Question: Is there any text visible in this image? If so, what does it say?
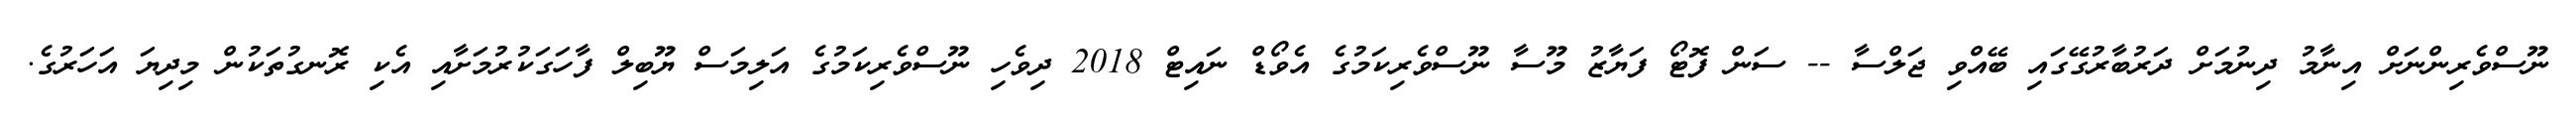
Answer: ނޫސްވެރިންނަށް އިނާމު ދިނުމަށް ދަރުބާރުގޭގައި ބޭއްވި ޖަލްސާ -- ސަން ފޮޓޯ ފަޔާޒު މޫސާ ނޫސްވެރިކަމުގެ އެވޯޑް ނައިޓް 2018 ދިވެހި ނޫސްވެރިކަމުގެ އަލިމަސް ޔޫބިލް ފާހަގަކުރުމަށާއި އެކި ރޮނގުތަކުން މިދިޔަ އަހަރުގެ.